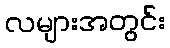
လများအတွင်း